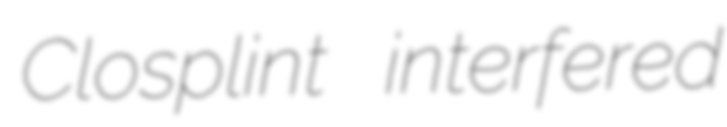
Closplint interfered